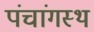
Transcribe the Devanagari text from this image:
पंचांगस्थ